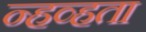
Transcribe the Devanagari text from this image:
न्हव्हता